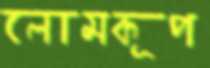
লোমকূপ